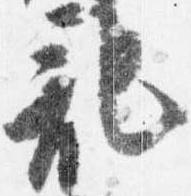
記